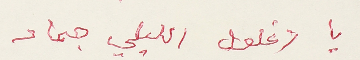
يا زغلول الليلي جماد